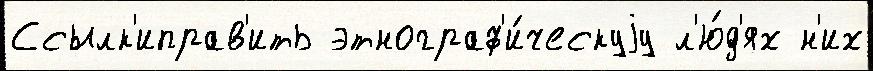
Ссылк'иправ'ить этнограф'и́ческуjу л'ю́д'ях н'их